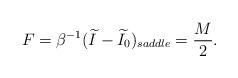
\begin{align*}F = \beta^{-1} (\widetilde I-\widetilde I_0)_{saddle} = {M \over 2}.\end{align*}